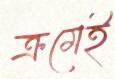
ক্রমেই